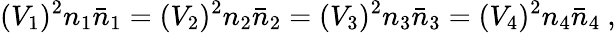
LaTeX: (V_{1})^{2}n_{1}\bar{n}_{1}=(V_{2})^{2}n_{2}\bar{n}_{2}=(V_{3})^{2}n_{3}\bar{n}_{3}=(V_{4})^{2}n_{4}\bar{n}_{4}\ ,